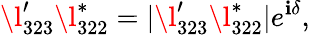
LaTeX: \l_{323}^{\prime}\l_{322}^{\ast}=|\l_{323}^{\prime}\l_{322}^{\ast}|e^{\mathbf{i}\delta},